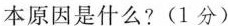
本原因是什么?(1分)